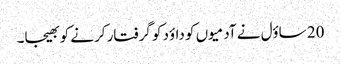
20 ساؤل نے آدمیوں کو داؤد کو گرفتار کرنے کو بھیجا۔